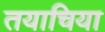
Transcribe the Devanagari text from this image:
तयाचिया